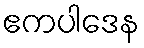
ဧကပါဒေန